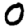
Digit: 0